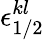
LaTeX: \epsilon_{1/2}^{kl}